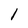
Character: 1